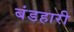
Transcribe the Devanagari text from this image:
बंडहारी